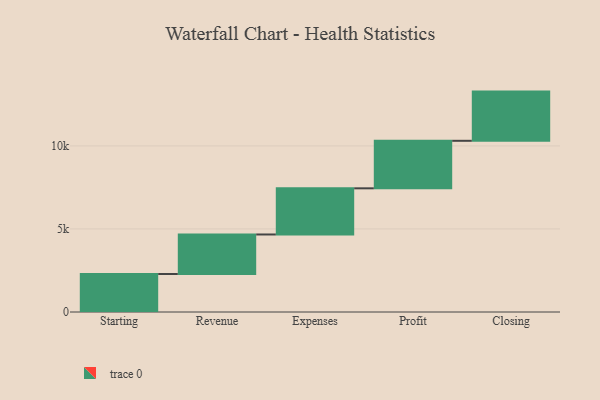
{"axis": {"x": "Step", "y": "Value"}, "legend": [""], "data": [{"x": "Starting", "y": 2287.0, "type": ""}, {"x": "Revenue", "y": 2380.0, "type": ""}, {"x": "Expenses", "y": 2779.0, "type": ""}, {"x": "Profit", "y": 2861.0, "type": ""}, {"x": "Closing", "y": 2962.0, "type": ""}]}